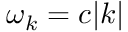
\omega _ { k } = c | k |